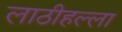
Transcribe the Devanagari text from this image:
लाठीहल्ला